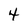
Character: 4